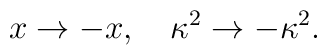
x \rightarrow -x, \ \ \ \kappa^2 \rightarrow  - \kappa^2 .